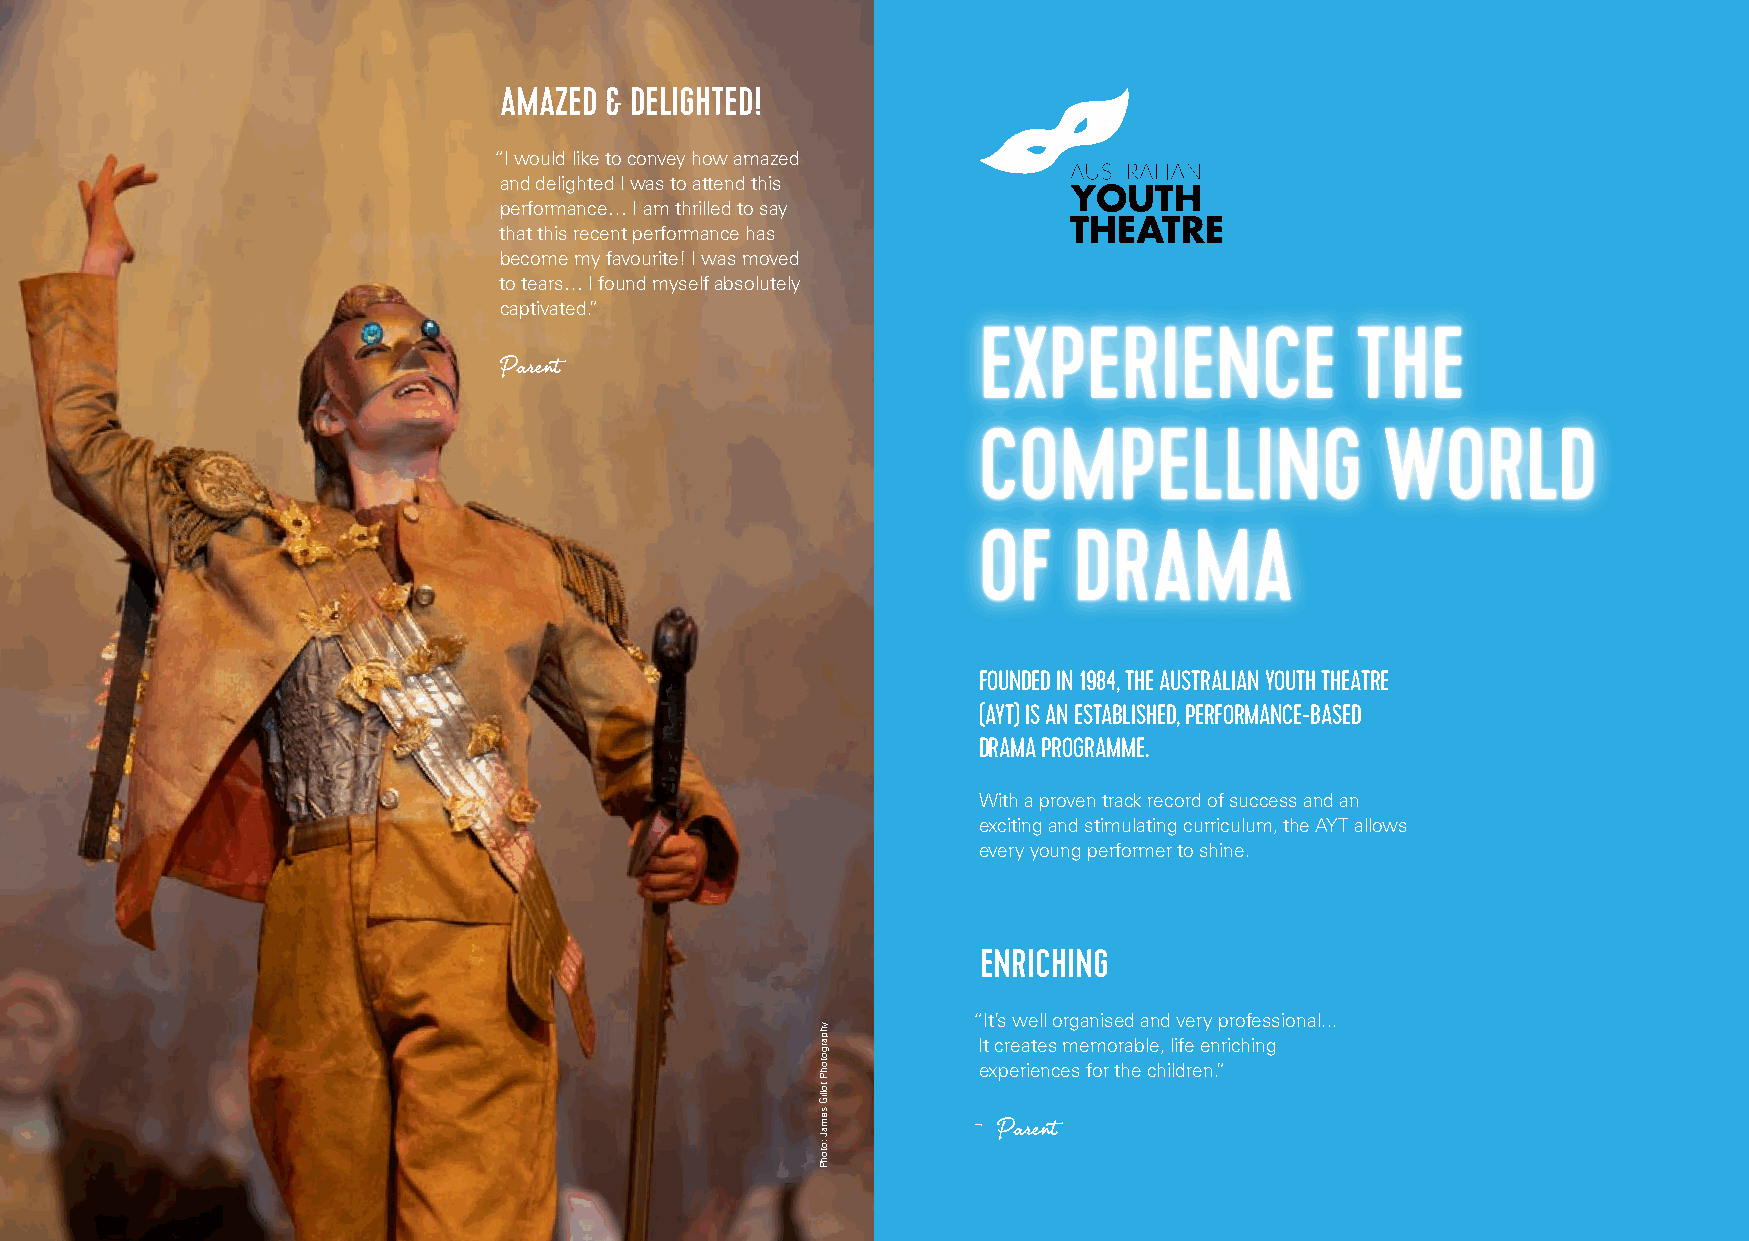
AMAZED & DELIGHTED!
 “I would like to convey how amazed
 and delighted I was to attend this
 performance… I am thrilled to say
 that this recent performance has
 become my favourite! I was moved
 to tears… I found myself absolutely
 captivated.”
 EXPERIENCE               THE
 Parent
 COMPELLING                WORLD
 OF    DRAMA
 FOUNDED IN 1984, THE AUSTRALIAN YOUTH THEATRE
 (AYT) IS AN ESTABLISHED, PERFORMANCE-BASED
 DRAMA PROGRAMME.
 With a proven track record of success and an
 exciting and stimulating curriculum, the AYT allows
 every young performer to shine.
 ENRICHING
 “It’s well organised and very professional...
 It creates memorable, life enriching
 experiences for the children.”
 - Parent
 yhpargotohP
 tolliG
 semaJ
 :otohP